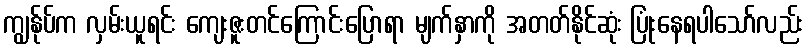
ကျွန်ုပ်က လှမ်းယူရင်း ကျေးဇူးတင်ကြောင်းပြောရာ မျက်နှာကို အတတ်နိုင်ဆုံး ပြုံးနေရပါသော်လည်း